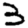
Digit: 3